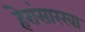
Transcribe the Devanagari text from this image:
हेरांसारखा